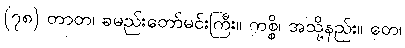
(၇၈) တာတ၊ ခမည်းတော်မင်းကြီး။ ကစ္စိ၊ အသို့နည်း။ တေ၊